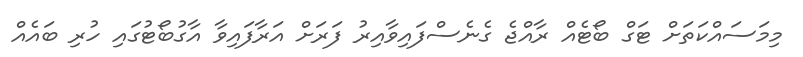
މިމަސައްކަތަށް ޓަގް ބޯޓެއް ރާއްޖެ ގެނެސްފައިވާއިރު ފަރަށް އަރާފައިވާ އާގުބޯޓުގައި ހުރި ބައެއް